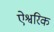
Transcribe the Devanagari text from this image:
ऐश्वरिक